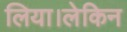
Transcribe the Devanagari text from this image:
लिया।लेकिन